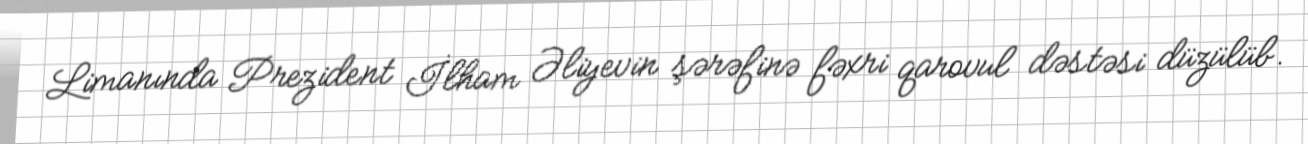
Limanında Prezident İlham Əliyevin şərəfinə fəxri qarovul dəstəsi düzülüb.